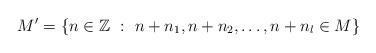
LaTeX: \begin{align*}M'=\{n\in \mathbb{Z} \ : \ n+n_1,n+n_2,\dots,n+n_l\in M\}\end{align*}